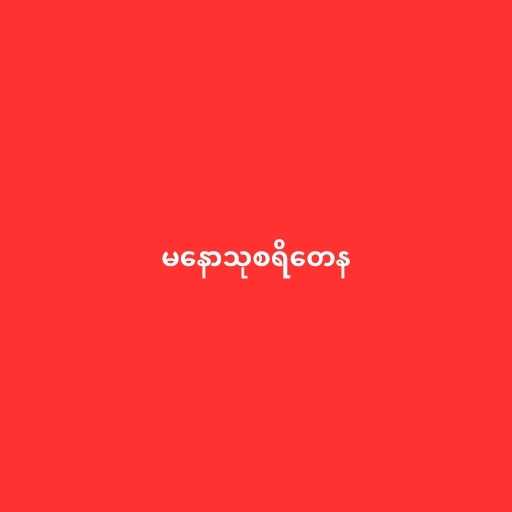
မနောသုစရိတေန